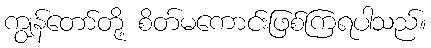
ကျွန်တော်တို့ စိတ်မကောင်းဖြစ်ကြရပါသည်။